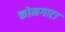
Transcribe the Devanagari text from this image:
कोमगाटा